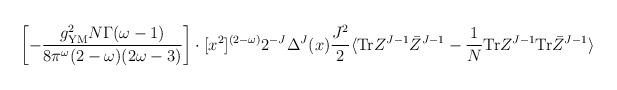
LaTeX: \begin{align*}\left[ -\frac{ g^2_{{\rm YM}}N \Gamma(\omega-1) }{ 8\pi^\omega (2-\omega)(2\omega-3) }\right] \cdot[x^2]^{(2-\omega)} 2^{-J}\Delta^J(x)\frac{J^2}{2}\langle {\rm Tr}Z^{J-1}\bar Z^{J-1}-\frac{1}{N}{\rm Tr}Z^{J-1}{\rm Tr}\bar Z^{J-1} \rangle\end{align*}